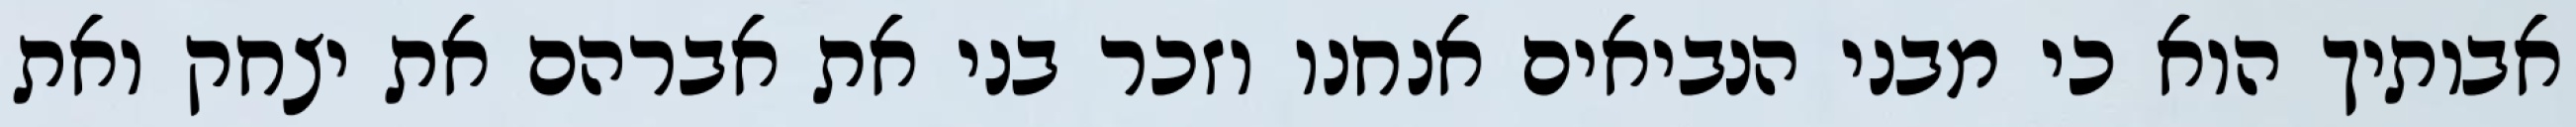
אבותיך הוא כי מבני הנביאים אנחנו וזכר בני את אברהם את יצחק ואת